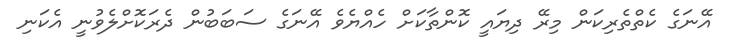
އޭނަގެ ކެތްތެރިކަން މިރޭ ދިޔައީ ކޮންތާކަށް ހެއްޔެވެ އޭނަގެ ސަބަބުން ދެރަކޮށްލެވުނީ އެކަނި